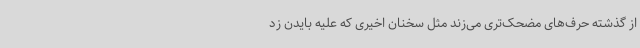
از گذشته حرف‌های مضحک‌تری می‌زند مثل سخنان اخیری که علیه بایدن زد